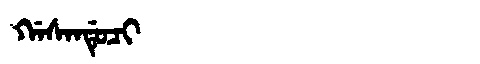
Manchu: ᡤᠠᠰᠠᠨᡩᡠᠴᡳ
Romanization: GASANDUCI